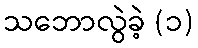
သဘောလွဲခဲ့ (၁)